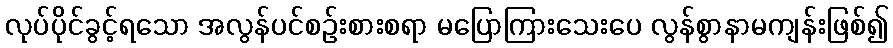
လုပ်ပိုင်ခွင့်ရသော အလွန်ပင်စဉ်းစားစရာ မပြောကြားသေးပေ လွန်စွာနာမကျန်းဖြစ်၍